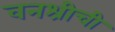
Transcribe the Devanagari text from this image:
वनश्रीची